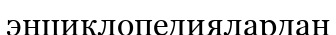
энциклопедиялардан